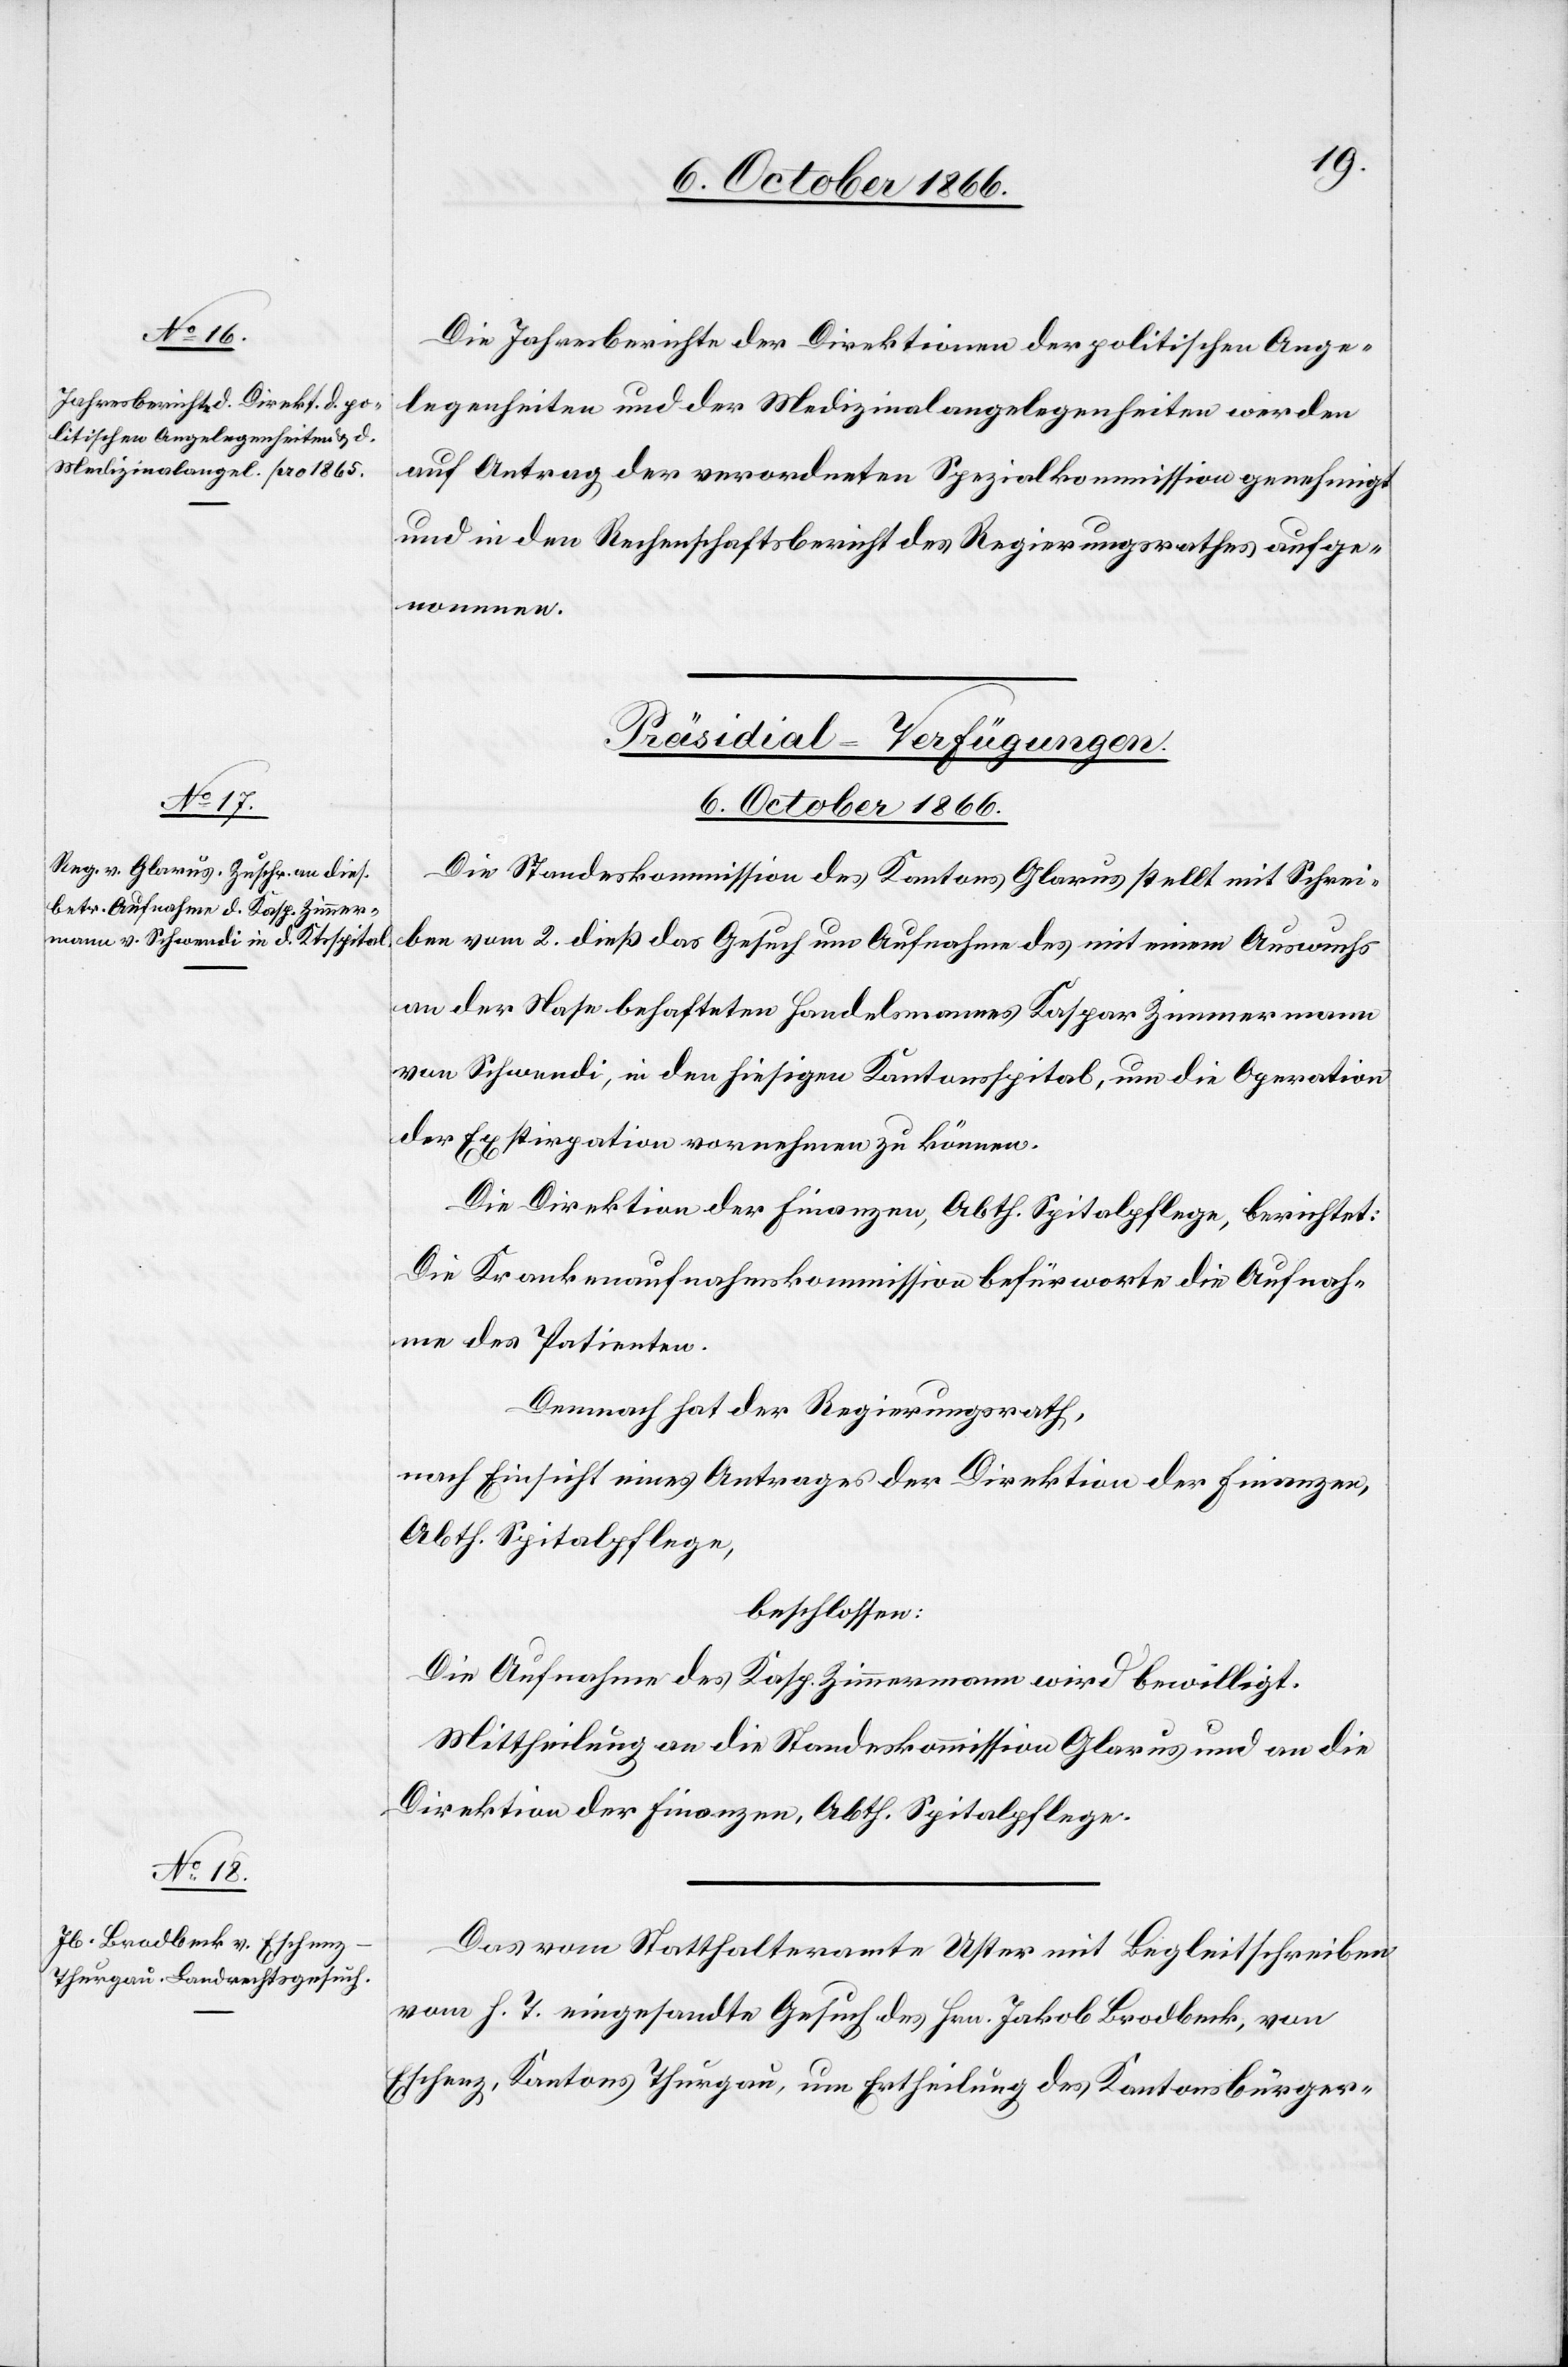
Die Jahresberichte der Direktionen der politischen Ange¬
legenheiten und der Medizinalangelegenheiten werden
auf Antrag der verordneten Spezialkommission genehmigt
und in den Rechenschaftsbericht des Regierungsrathes aufge¬
nommen.
[Präsidial-Verfügungen.
6. October 1866.]
Die Standeskommission des Kantons Glarus stellt mit Schrei¬
ben vom 2. dieß das Gesuch um Aufnahme des mit einem Auswuchs
an der Nase behafteten Handelsmannes Kaspar Zimmermann
von Schwendi, in den hiesigen Kantonsspital, um die Operation
der Exstirpation vornehmen zu können.
Die Direktion der Finanzen, Abth. Spitalpflege, berichtet:
Die Krankenaufnahmskommission befürworte die Aufnah¬
me des Patienten.
Demnach hat der Regierungsrath,
nach Einsicht eines Antrages der Direktion der Finanzen,
Abth. Spitalpflege,
beschlossen:
Die Aufnahme des Kasp. Zimmermann wird bewilligt.
Mittheilung an die Standeskommission Glarus und an die
Direktion der Finanzen, Abth. Spitalpflege.
Das vom Statthalteramte Uster mit Begleitschreiben
vom h. T. eingesandte Gesuch des Hrn. Jakob Brodbeck, von
Eschenz, Kantons Thurgau, um Ertheilung des Kantonsbürger-